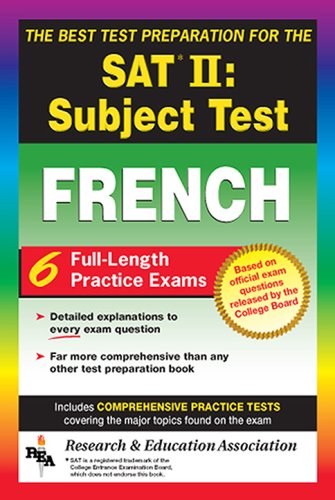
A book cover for SAT French Subject Test, The Best Test Prep (SAT PSAT ACT (College Admission) Prep); L. Cregg; Test Preparation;